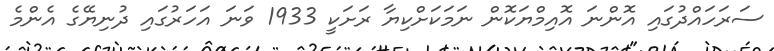
ސަރަހައްދުގައި އޮންނަ އޮއިމްޔަކޮން ނަމަކަށްކިޔާ ރަށަކީ 1933 ވަނަ އަހަރުގައި ދުނިޔޭގެ އެންމެ